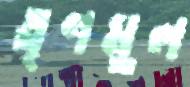
তৃণমুল